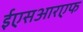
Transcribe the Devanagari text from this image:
ईएसआरएफ